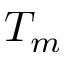
T _ { m }